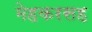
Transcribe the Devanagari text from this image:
मेहकरसह